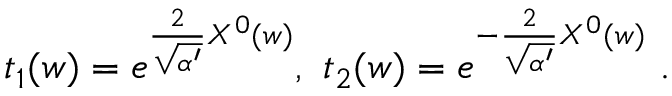
t _ { 1 } ( w ) = e ^ { \frac { 2 } { \sqrt { \alpha ^ { \prime } } } X ^ { 0 } ( w ) } , \ t _ { 2 } ( w ) = e ^ { - \frac { 2 } { \sqrt { \alpha ^ { \prime } } } X ^ { 0 } ( w ) } \ .